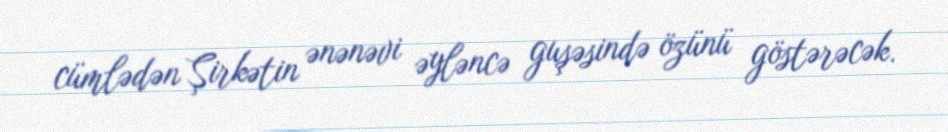
cümlədən Şirkətin ənənəvi əyləncə guşəsində özünü göstərəcək.